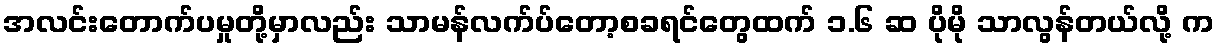
အလင်းတောက်ပမှုတို့မှာလည်း သာမန်လက်ပ်တော့စခရင်တွေထက် ၁.၆ ဆ ပိုမို သာလွန်တယ်လို့ က